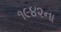
૧૯૪૨ના